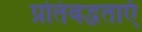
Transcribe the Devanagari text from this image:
प्रतिबद्धताएँ